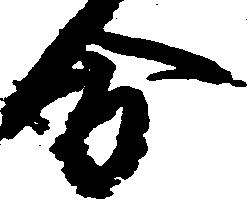
分